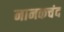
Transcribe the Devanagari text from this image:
नानकचंद